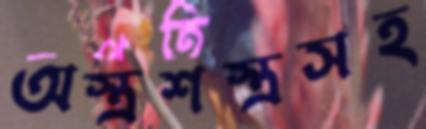
অস্ত্রশস্ত্রসহ